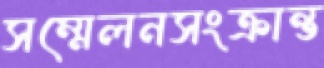
সম্মেলনসংক্রান্ত